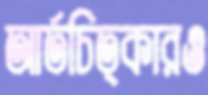
আর্তচিত্কারও